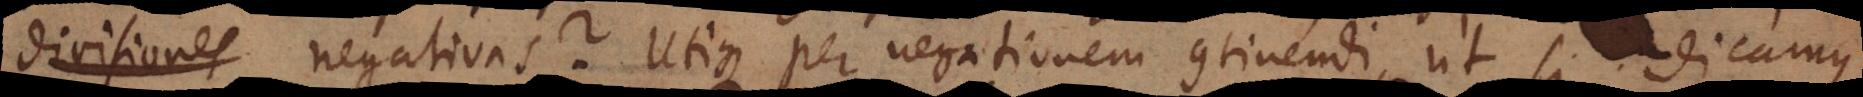
divisiones negativas? Utique per negationem continendi, ut si dicamus